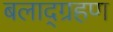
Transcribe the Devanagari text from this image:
बलाद्ग्रहण